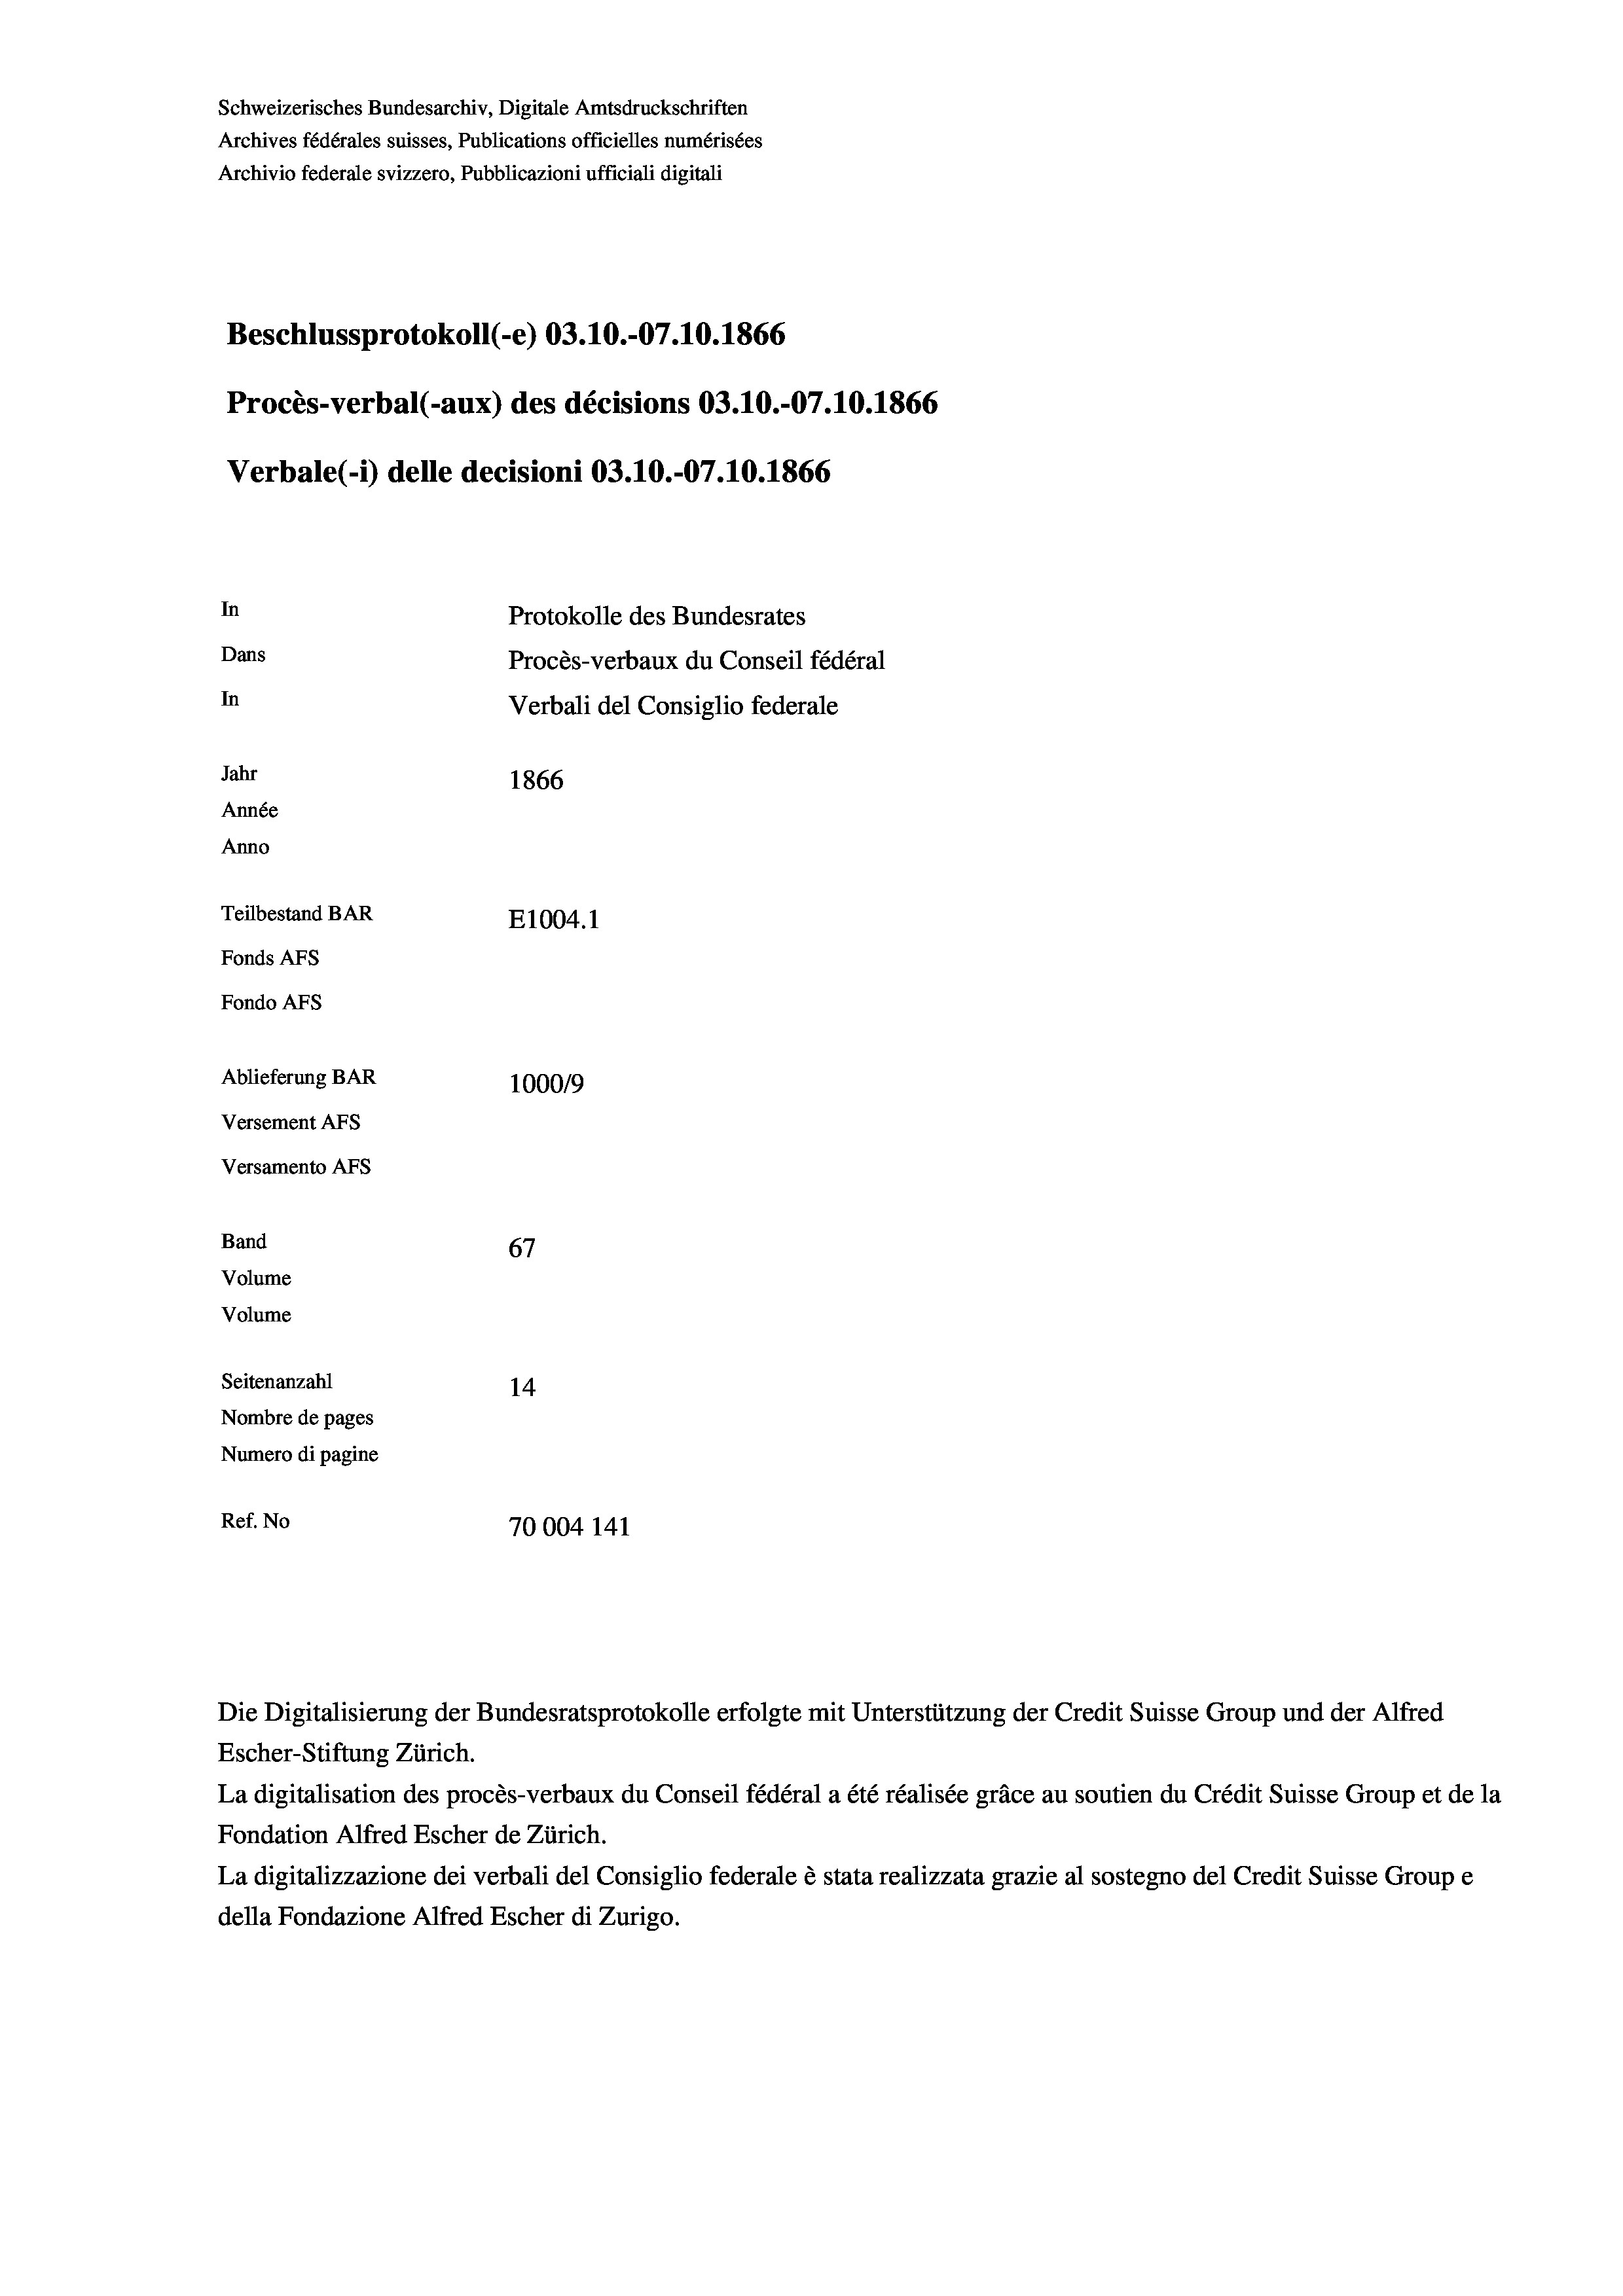
Schweizerisches Bundesarchiv, Digitale Amtsdruckschriften
Archives fédérales suisses, Publications officielles numérisées
Archivio federale svizzero, Pubblicazioni ufficiali digitali
Beschlussprotokoll (-e) 03.10.-07.10.1866
Procès-verbal (-aux) des décisions 03.10.-07.10.1866
Verbale(*) delle decisioni 03.10.-07.10.1866
In
Protokolle des Bundesrates
Dans
Procès-verbaux du Conseil fédéral
In
Verbali del Consiglio federale
Jahr
1866
Année
Anno
Teilbestand BAR
E1004.1
Fonds AFs
Fondo Afs
Ablieferung BAR
100019
Versement AFs
Versamento Afs
Band
67
Volume
Volume
Seitenanzahl
14.
Nombre de pages
Numero di pagine
Ref. No
70004 141

La digitalisation des procès-verbaux du Conseil fédéral a été réalisée gräce au soutien du Crédit Suisse Group et de la
Fondation Alfred Escher de Zürich.
La digitalizzazione dei verbali del Consiglio federale è stata realizzata grazie al sostegno del Credit Suisse Groupe
della Fondazione Alfred Escher di Zurigo.

Die Digitalisierung der Bundesratsprotokolle erfolgte mit Unterstützung der Credit Suisse Group und der Alfred
Escher-Stiftung Zürich.